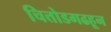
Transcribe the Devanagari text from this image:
चित्तोडगढहून